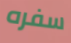
سفره